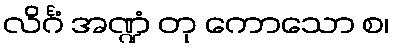
လိင်္ဂံ အဏ္ဍံ တု ကောသော စ၊